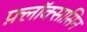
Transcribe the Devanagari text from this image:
फ़्लॉक्सासिन